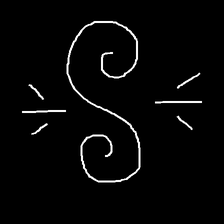
Glyph: wind-directs-air